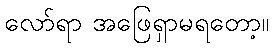
လော်ရာ အဖြေရှာမရတော့။